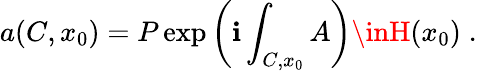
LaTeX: a(C,x_{0})=P\exp\left(\mathbf{i}\int_{C,x_{0}}A\right)\inH(x_{0})\; .